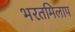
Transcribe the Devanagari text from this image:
भरतमिलाप